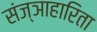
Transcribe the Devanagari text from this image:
संज्ञाहारिता